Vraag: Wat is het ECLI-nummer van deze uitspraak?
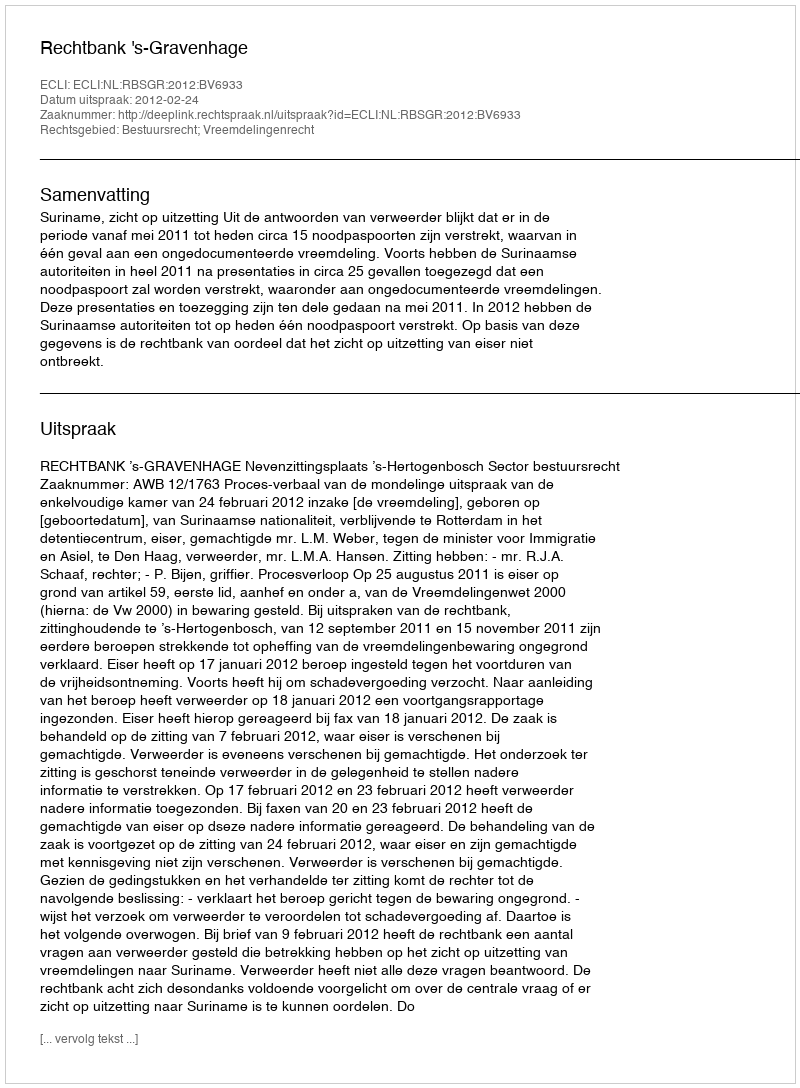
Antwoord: ECLI:NL:RBSGR:2012:BV6933